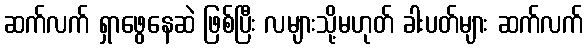
ဆက်လက် ရှာဖွေနေဆဲ ဖြစ်ပြီး လများသို့မဟုတ် ခါးပတ်များ ဆက်လက်